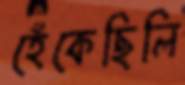
হেঁকেছিলি